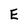
Character: E